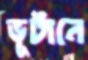
ভূটানে